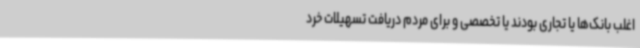
اغلب بانک‌ها یا تجاری بودند یا تخصصی و برای مردم دریافت تسهیلات خرد